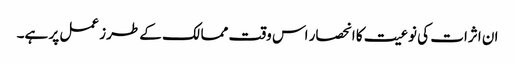
ان اثرات کی نوعیت کا انحصار اس وقت ممالک کے طرز عمل پر ہے۔